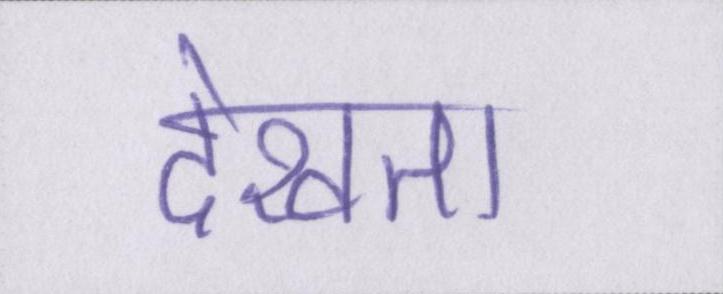
देखता